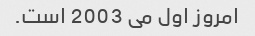
امروز اول می 2003 است.